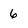
Character: 6